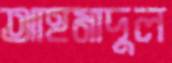
আহমাদুল